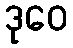
ဒုဝေ